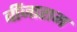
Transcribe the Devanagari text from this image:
बींजाराम